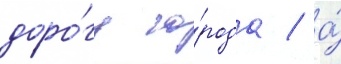
доро́гу го́рода / а́